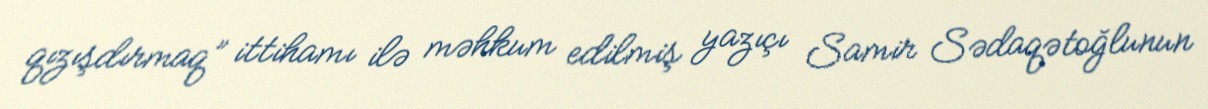
qızışdırmaq” ittihamı ilə məhkum edilmiş yazıçı Samir Sədaqətoğlunun